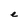
Character: e